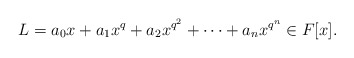
\begin{align*}L=a_0x+a_1x^q+a_2x^{q^2}+\cdots+a_n x^{q^n} \in F[x].\end{align*}